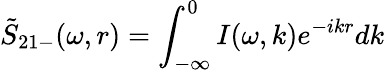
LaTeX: \tilde{S}_{21-}(\omega,r)=\int_{-\infty}^{0}I(\omega,k)e^{-ikr}dk